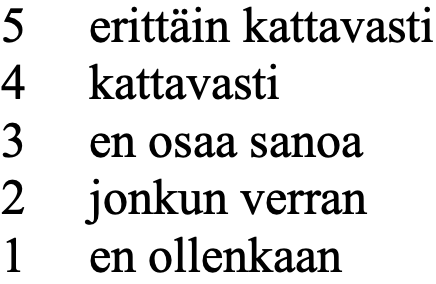
5  erittäin kattavasti 4  kattavasti 3  en osaa sanoa 2  jonkun verran 1  en ollenkaan